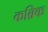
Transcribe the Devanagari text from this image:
कब्रिक